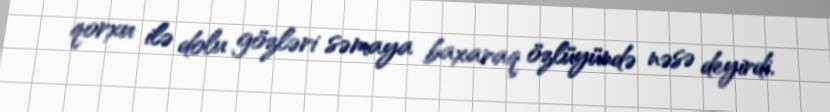
qorxu ilə dolu gözləri səmaya baxaraq özlüyündə nəsə deyirdi.